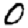
Digit: 0